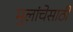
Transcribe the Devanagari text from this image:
मुलांचेसाठी